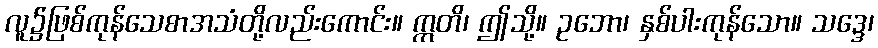
လူ၌ဖြစ်ကုန်သေစာအသံတို့လည်းကောင်း။ ဣတိ၊ ဤသို့။ ဥဘော၊ နှစ်ပါးကုန်သော။ သဒ္ဒေ၊